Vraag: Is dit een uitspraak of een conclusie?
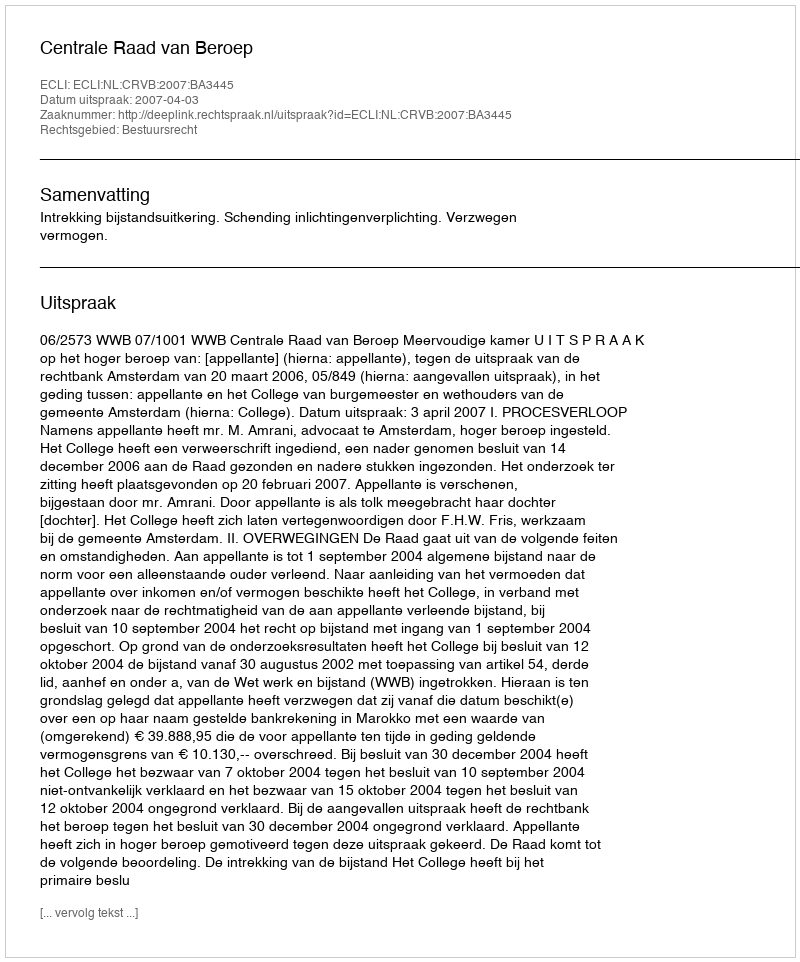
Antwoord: Uitspraak